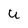
Character: U